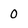
Character: 0